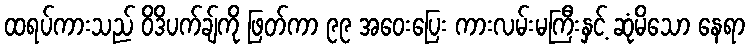
ထရပ်ကားသည် ဝိဒိပက်ချ်ကို ဖြတ်ကာ ၉၉ အဝေးပြေး ကားလမ်းမကြီးနှင့် ဆုံမိသော နေရာ